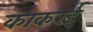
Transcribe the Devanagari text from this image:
काकरई